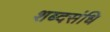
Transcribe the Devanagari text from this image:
शब्दसंधि